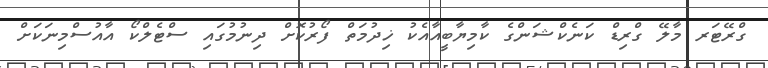
ގްރޭޓަރ މާލޭ ގްރިޑް ކަނެކްޝަންގެ ކާމިޔާބީއާއެކު ޚިދުމަތް ފޯރުކޮށް ދިނުމުގައި ސްޓެލްކޯ އާއުސްމިނަކަށް